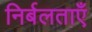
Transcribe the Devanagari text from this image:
निर्बलताएँ